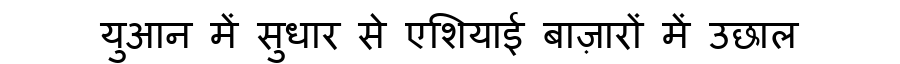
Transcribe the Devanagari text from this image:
युआन में सुधार से एशियाई बाज़ारों में उछाल